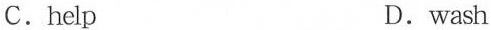
C.help D.wash